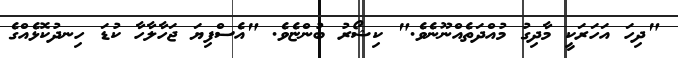
"ދިހަ އަހަރަކީ މާދިގު މުއްދަތެއްނޫނެވެ." ކިޝޯރު ބުންޏެވެ. "އެސްފިޔަ ޖަހާލާހާ ކުޑަ ހިނދުކޮޅެއްގެ